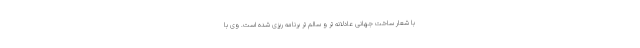
با شعار ساخت جهانی عادلانه تر و سالم تر برنامه ریزی شده است. وی با